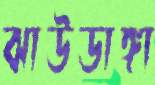
ঝাউডাঙ্গা